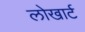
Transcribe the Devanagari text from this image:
लोखार्ट